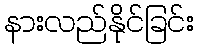
နားလည်နိုင်ခြင်း